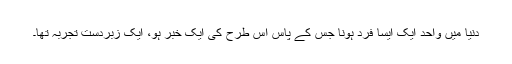
دنیا میں واحد ایک ایسا فرد ہونا جس کے پاس اس طرح کی ایک خبر ہو، ایک زبردست تجربہ تھا۔